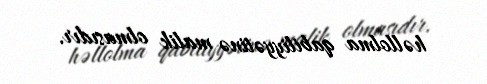
həllolma qabiliyyətinə malik olmasıdır.